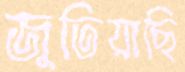
জুতিয়াছি